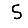
Digit: 5